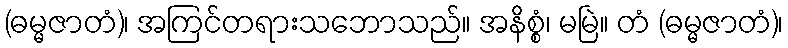
(ဓမ္မဇာတံ)၊ အကြင်တရားသဘောသည်။ အနိစ္စံ၊ မမြဲ။ တံ (ဓမ္မဇာတံ)၊